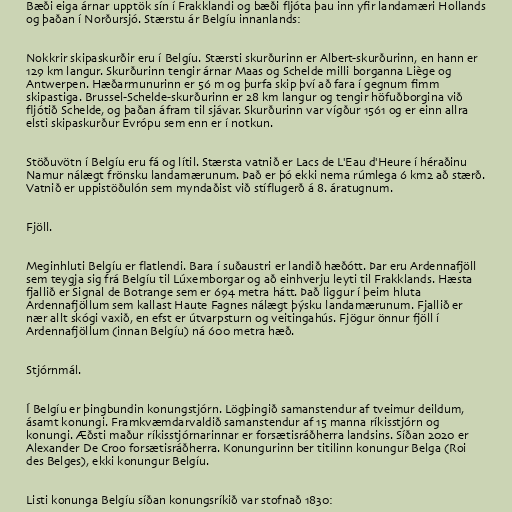
Bæði eiga árnar upptök sín í Frakklandi og bæði fljóta þau inn yfir landamæri Hollands
og þaðan í Norðursjó. Stærstu ár Belgíu innanlands:

Nokkrir skipaskurðir eru í Belgíu. Stærsti skurðurinn er Albert-skurðurinn, en hann er
129 km langur. Skurðurinn tengir árnar Maas og Schelde milli borganna Liège og
Antwerpen. Hæðarmunurinn er 56 m og þurfa skip því að fara í gegnum fimm
skipastiga. Brussel-Schelde-skurðurinn er 28 km langur og tengir höfuðborgina við
fljótið Schelde, og þaðan áfram til sjávar. Skurðurinn var vígður 1561 og er einn allra
elsti skipaskurður Evrópu sem enn er í notkun.

Stöðuvötn í Belgíu eru fá og lítil. Stærsta vatnið er Lacs de L'Eau d'Heure í héraðinu
Namur nálægt frönsku landamærunum. Það er þó ekki nema rúmlega 6 km2 að stærð.
Vatnið er uppistöðulón sem myndaðist við stíflugerð á 8. áratugnum.

Fjöll.

Meginhluti Belgíu er flatlendi. Bara í suðaustri er landið hæðótt. Þar eru Ardennafjöll
sem teygja sig frá Belgíu til Lúxemborgar og að einhverju leyti til Frakklands. Hæsta
fjallið er Signal de Botrange sem er 694 metra hátt. Það liggur í þeim hluta
Ardennafjöllum sem kallast Haute Fagnes nálægt þýsku landamærunum. Fjallið er
nær allt skógi vaxið, en efst er útvarpsturn og veitingahús. Fjögur önnur fjöll í
Ardennafjöllum (innan Belgíu) ná 600 metra hæð.

Stjórnmál.

Í Belgíu er þingbundin konungstjórn. Lögþingið samanstendur af tveimur deildum,
ásamt konungi. Framkvæmdarvaldið samanstendur af 15 manna ríkisstjórn og
konungi. Æðsti maður ríkisstjórnarinnar er forsætisráðherra landsins. Síðan 2020 er
Alexander De Croo forsætisráðherra. Konungurinn ber titilinn konungur Belga (Roi
des Belges), ekki konungur Belgíu.

Listi konunga Belgíu síðan konungsríkið var stofnað 1830: